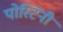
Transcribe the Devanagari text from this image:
पोस्टिनी